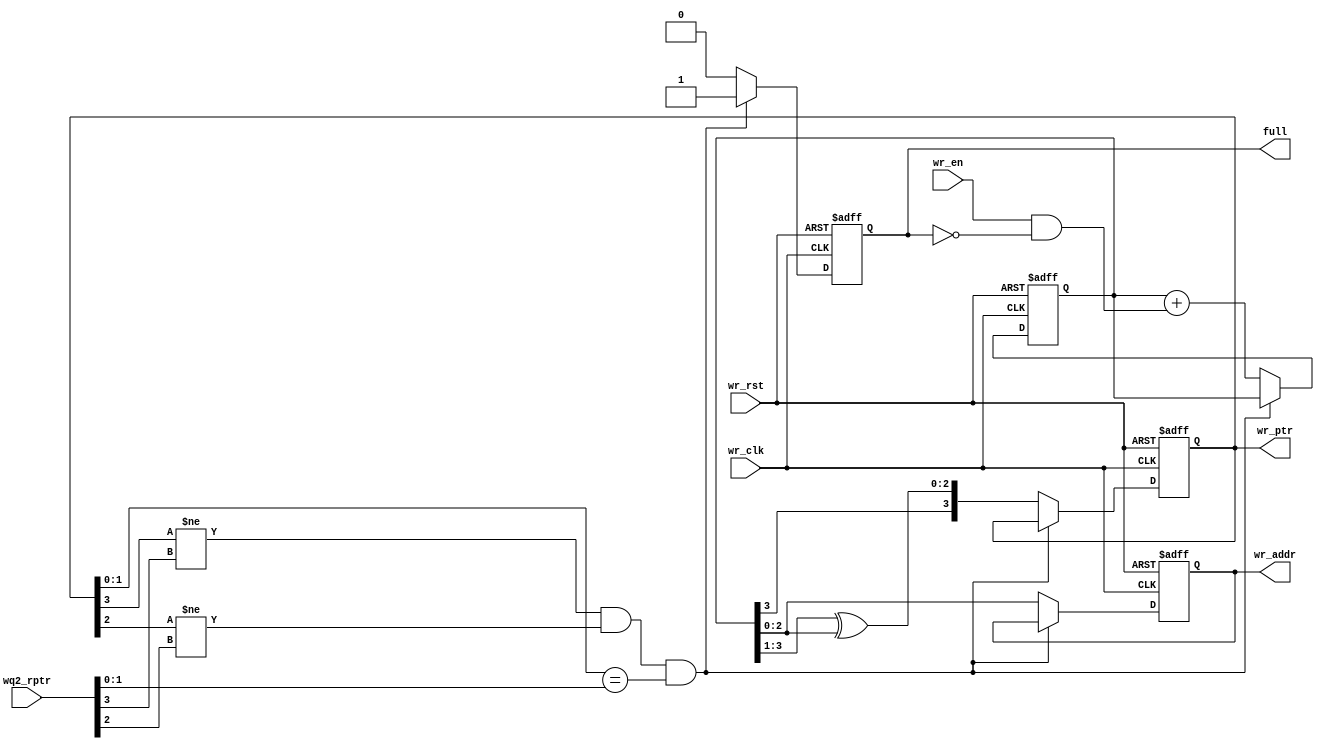
`timescale 1ns / 1ps
//////////////////////////////////////////////////////////////////////////////////
// Company: 
// Engineer: 
// 
// Design Name: 
// Module Name: w_ptr_and_full
// Project Name: 
// Target Devices: 
// Tool Versions: 
// Description: 
// 
// Dependencies: 
// 
// Revision:
// Revision 0.01 - File Created
// Additional Comments:
// 
//////////////////////////////////////////////////////////////////////////////////


module w_ptr_and_full(output reg full, output reg [2:0]wr_addr,output reg [3:0]wr_ptr, 
input wr_en,wr_rst,wr_clk, 
input [3:0]wq2_rptr);
reg [3:0]wr_count;
//wire [3:0]wr_ptr1;

//binary_to_gray b1 (.count(wr_count),.gray(wr_ptr1));

always @ (posedge wr_clk,posedge wr_rst)
begin
    if(wr_rst)
    begin
        full<=0;
        wr_addr<=0;
        wr_ptr<=0;
        wr_count<=0;
    end
    else 
    begin
        if((wr_ptr[3]!=wq2_rptr[3])&&(wr_ptr[2]!=wq2_rptr[2])&&(wr_ptr[1:0]==wq2_rptr[1:0]))
        begin
            full<=1;
        end
        else
        begin
            full<=0;
            wr_count<=wr_count + (wr_en & ~full);
            wr_ptr <= {wr_count[3],wr_count[3:1]^wr_count[2:0]};
            wr_addr <= wr_count[2:0];
        end
        
    end
end
endmodule